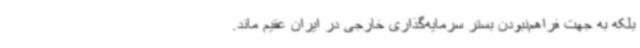
بلکه به جهت فراهم‌نبودن بستر سرمایه‌گذاری خارجی در ایران عقیم ماند.